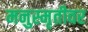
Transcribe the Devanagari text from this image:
मनुस्मृतीवर